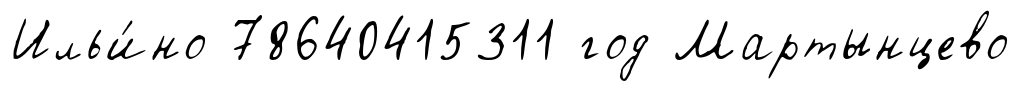
Ильи́но 78640415311 год Мартынцево